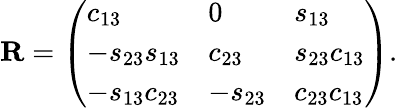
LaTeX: {\mathbf R}=\left(\begin{array}{lll}{{c_{13}}}&{{0}}&{{s_{13}}}\\ {{-s_{23}s_{13}}}&{{c_{23}}}&{{s_{23}c_{13}}}\\ {{-s_{13}c_{23}}}&{{-s_{23}}}&{{c_{23}c_{13}}}\end{array}\right).